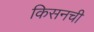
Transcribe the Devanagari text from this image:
किसनची